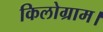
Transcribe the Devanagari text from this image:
किलोग्राम।